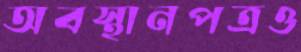
অবস্থানপত্রও